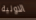
الاولية